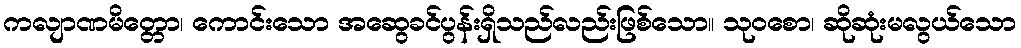
ကလျာဏမိတ္တော၊ ကောင်းသော အဆွေခင်ပွန်းရှိသည်လည်းဖြစ်သော။ သုဝစော၊ ဆိုဆုံးမလွယ်သော